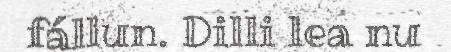
fállun. Dilli lea nu